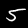
Digit: 5